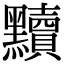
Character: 黷